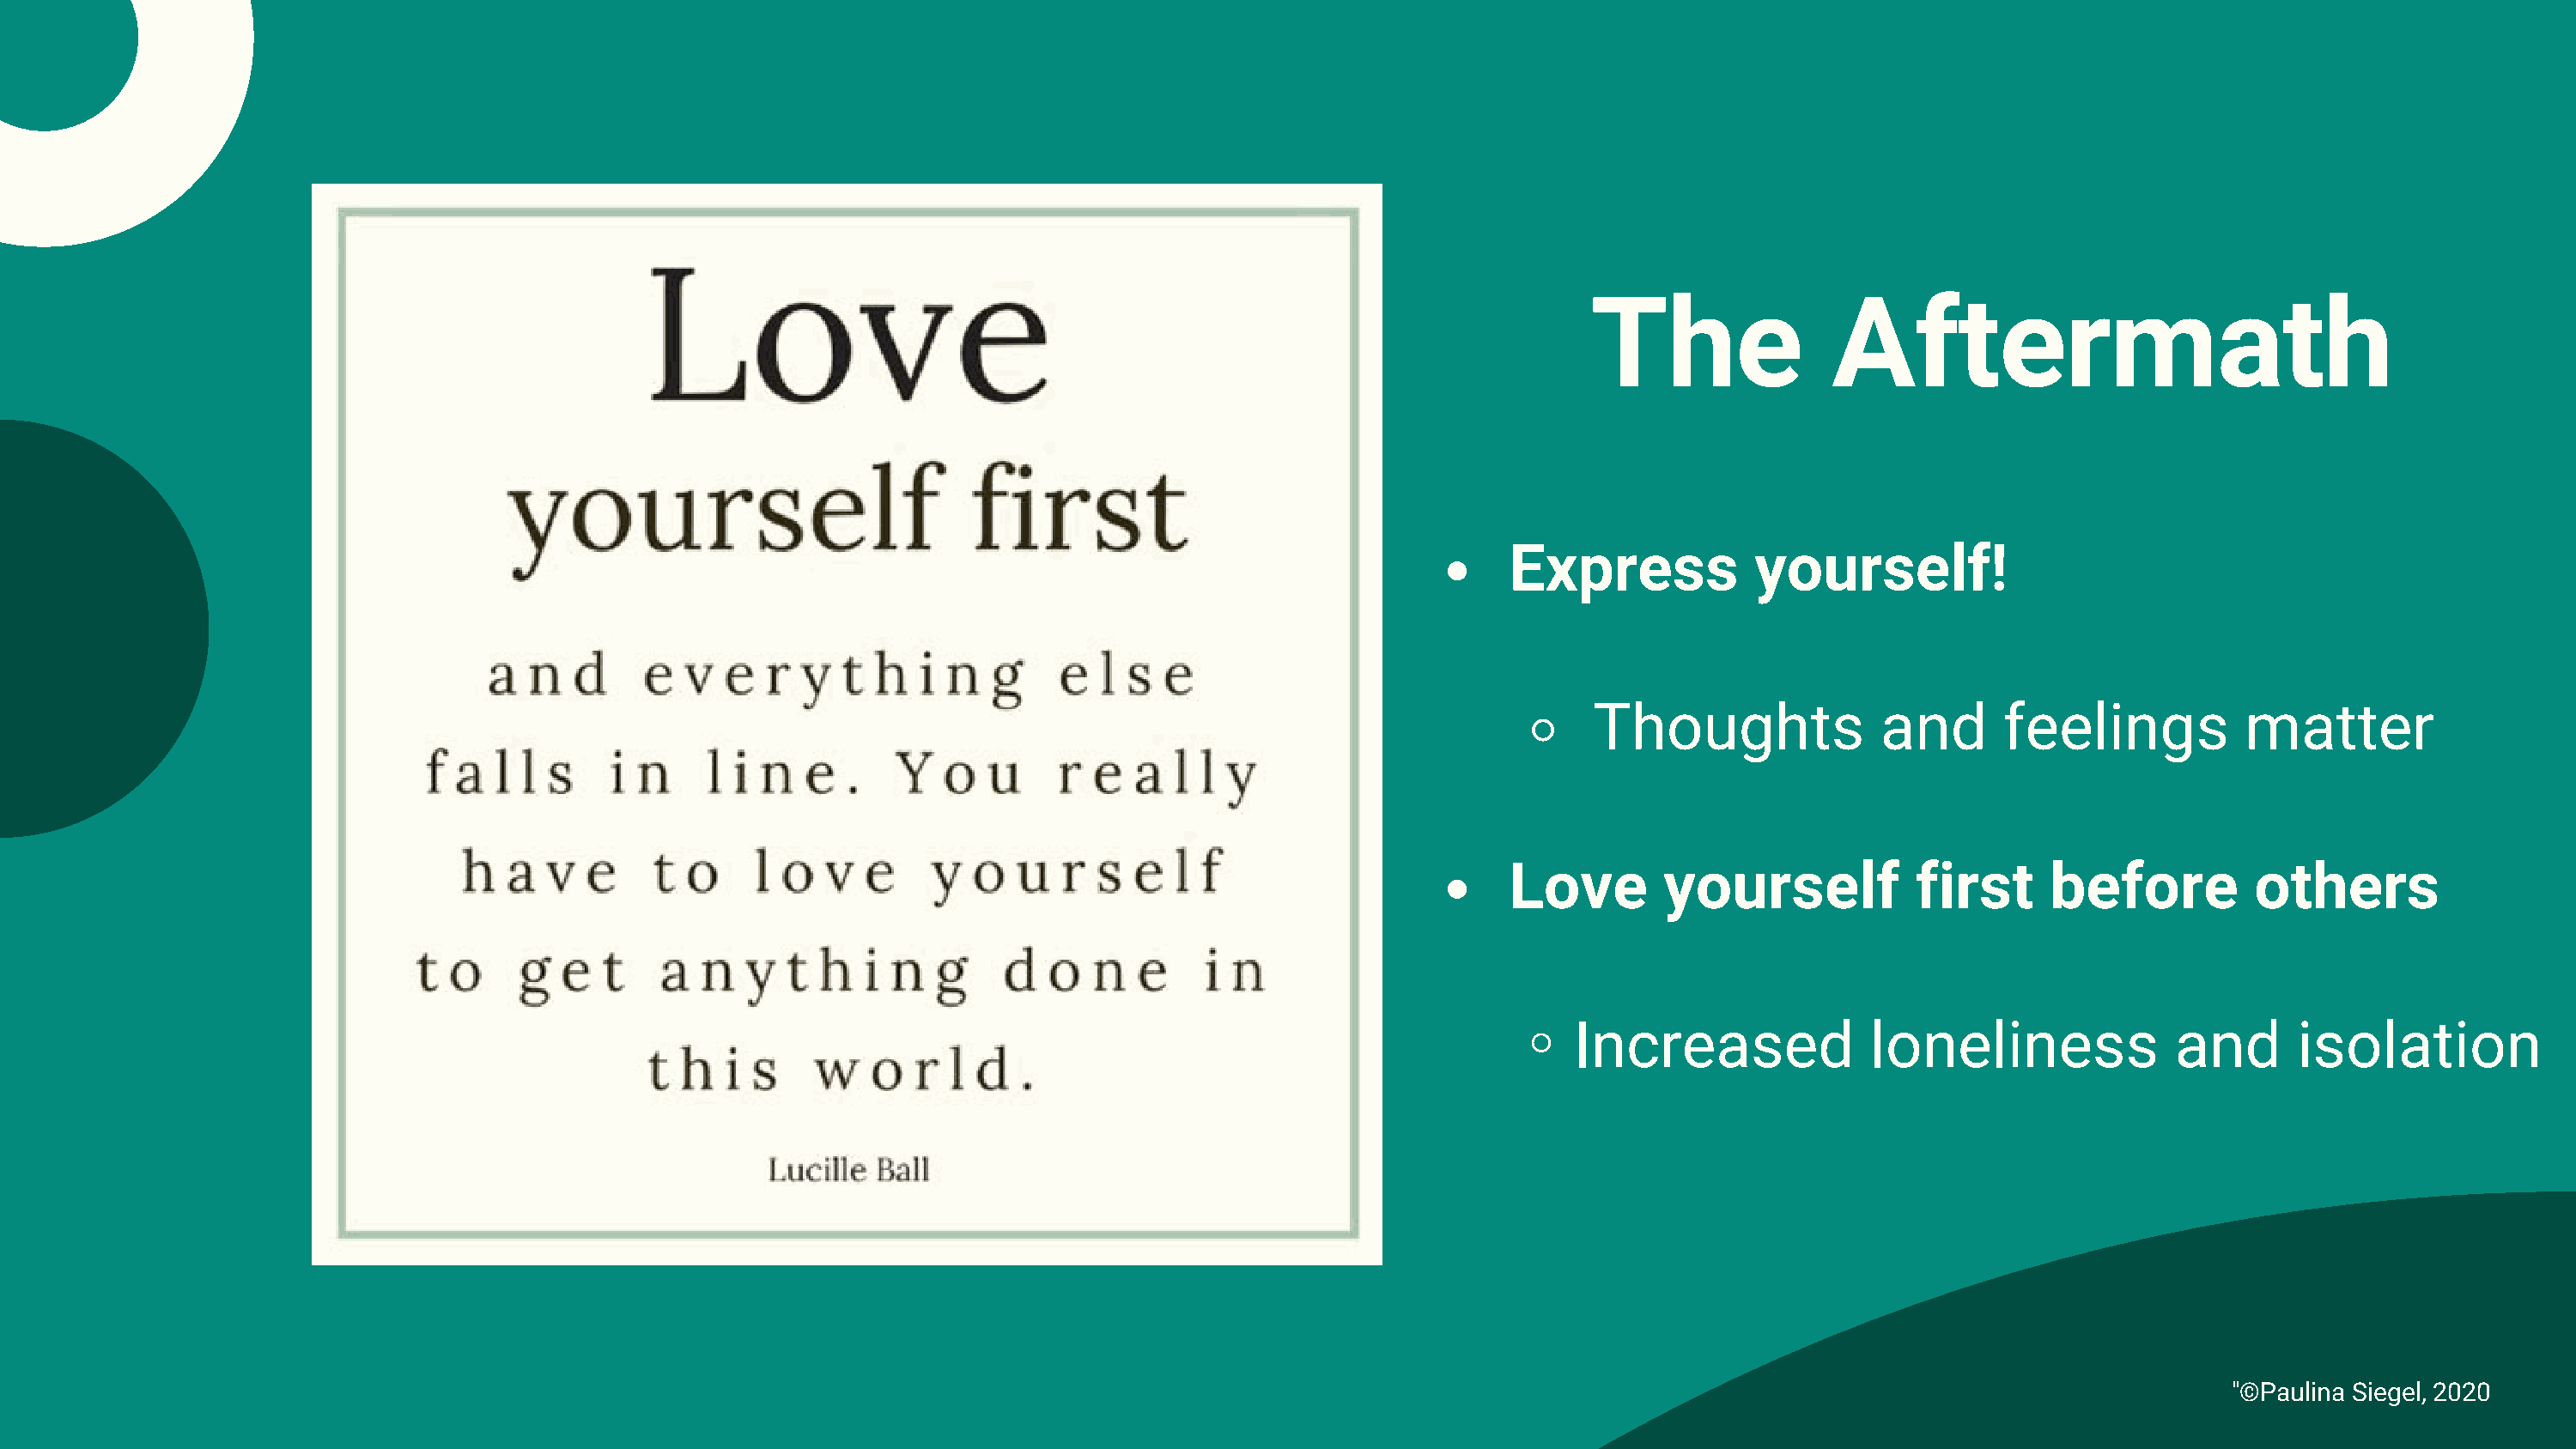
The               Aftermath
 Express            yourself!
 Thoughts              and      feelings           matter
 Love        yourself            first     before          others
 ◦
 Increased              loneliness              and      isolation
 "©Paulina Siegel, 2020